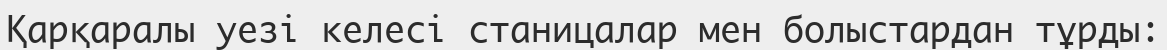
Қарқаралы уезі келесі станицалар мен болыстардан тұрды: